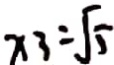
x 3 = \sqrt { 5 }